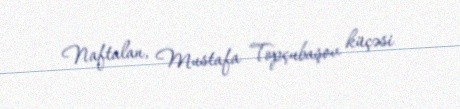
Naftalan, Mustafa Topçubaşov küçəsi